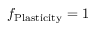
f _ { \mathrm { P l a s t i c i t y } } = 1